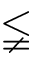
\lneqq